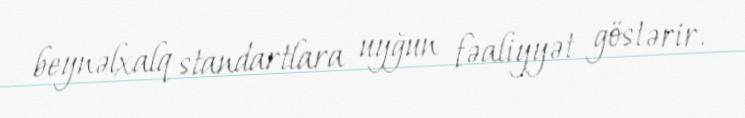
beynəlxalq standartlara uyğun fəaliyyət göstərir.